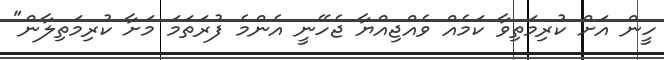
ހީން އަށް ކުރިމަތިވާ ކަމެއް ވެއްޖިއްޔާ ޖެހޭނީ އެންމެ ފުރަތަމަ މަށާ ކުރިމަތިލާން"